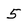
Character: 5